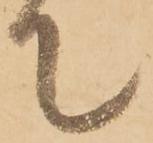
て